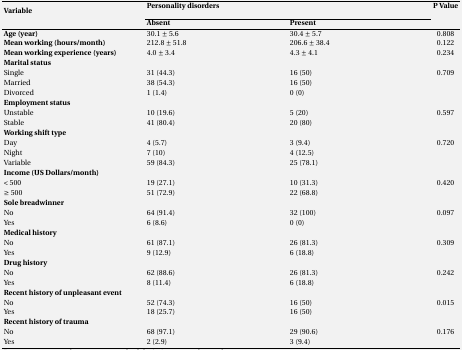
<table><thead><tr><td rowspan="2"><b>Variable </b></td><td colspan="2"><b>Personality disorders</b></td><td rowspan="2"><b>P</b></td></tr><tr><td><b>Absent</b></td><td><b>Present</b></td></tr></thead><tbody><tr><td><b>Age (year)</b></td><td>30.1 ± 5.6</td><td>30.4 ± 5.7</td><td>0.808</td></tr><tr><td><b>Mean working (hours/month)</b></td><td>212.8 ± 51.8</td><td>206.6 ± 38.4</td><td>0.122</td></tr><tr><td><b>Mean working experience (years)</b></td><td>4.0 ± 3.4</td><td>4.3 ± 4.1</td><td>0.234</td></tr><tr><td><b>Marital status</b></td><td>[EMPTY_CELL]</td><td>[EMPTY_CELL]</td><td>[EMPTY_CELL]</td></tr><tr><td>Single </td><td>31 (44.3)</td><td>16 (50)</td><td>0.709</td></tr><tr><td>Married </td><td>38 (54.3)</td><td>16 (50)</td><td>[EMPTY_CELL]</td></tr><tr><td>Divorced </td><td>1 (1.4)</td><td>0 (0)</td><td>[EMPTY_CELL]</td></tr><tr><td><b>Employment status</b></td><td>[EMPTY_CELL]</td><td>[EMPTY_CELL]</td><td>[EMPTY_CELL]</td></tr><tr><td>Unstable</td><td>10 (19.6)</td><td>5 (20)</td><td>0.597</td></tr><tr><td>Stable </td><td>41 (80.4)</td><td>20 (80)</td><td>[EMPTY_CELL]</td></tr><tr><td><b>Working shift type</b></td><td>[EMPTY_CELL]</td><td>[EMPTY_CELL]</td><td>[EMPTY_CELL]</td></tr><tr><td>Day </td><td>4 (5.7)</td><td>3 (9.4)</td><td>0.720</td></tr><tr><td>Night </td><td>7 (10)</td><td>4 (12.5)</td><td>[EMPTY_CELL]</td></tr><tr><td>Variable </td><td>59 (84.3)</td><td>25 (78.1)</td><td>[EMPTY_CELL]</td></tr><tr><td><b>Income (US Dollars/month)</b></td><td>[EMPTY_CELL]</td><td>[EMPTY_CELL]</td><td>[EMPTY_CELL]</td></tr><tr><td>&lt; 500 </td><td>19 (27.1)</td><td>10 (31.3)</td><td>0.420</td></tr><tr><td>≥ 500</td><td>51 (72.9)</td><td>22 (68.8)</td><td>[EMPTY_CELL]</td></tr><tr><td>Sole breadwinner </td><td>[EMPTY_CELL]</td><td>[EMPTY_CELL]</td><td>[EMPTY_CELL]</td></tr><tr><td>No </td><td>64 (91.4)</td><td>32 (100)</td><td>0.097</td></tr><tr><td>Yes </td><td>6 (8.6)</td><td>0 (0)</td><td>[EMPTY_CELL]</td></tr><tr><td><b>Medical history</b></td><td>[EMPTY_CELL]</td><td>[EMPTY_CELL]</td><td>[EMPTY_CELL]</td></tr><tr><td>No </td><td>61 (87.1)</td><td>26 (81.3)</td><td>0.309</td></tr><tr><td>Yes </td><td>9 (12.9)</td><td>6 (18.8)</td><td>[EMPTY_CELL]</td></tr><tr><td><b>Drug history</b></td><td>[EMPTY_CELL]</td><td>[EMPTY_CELL]</td><td>[EMPTY_CELL]</td></tr><tr><td>No </td><td>62 (88.6)</td><td>26 (81.3)</td><td>0.242</td></tr><tr><td>Yes </td><td>8 (11.4)</td><td>6 (18.8)</td><td>[EMPTY_CELL]</td></tr><tr><td><b>Recent history of unpleasant event</b></td><td>[EMPTY_CELL]</td><td>[EMPTY_CELL]</td><td>[EMPTY_CELL]</td></tr><tr><td>No </td><td>52 (74.3)</td><td>16 (50)</td><td>0.015</td></tr><tr><td>Yes </td><td>18 (25.7)</td><td>16 (50)</td><td>[EMPTY_CELL]</td></tr><tr><td><b>Recent history of trauma</b></td><td>[EMPTY_CELL]</td><td>[EMPTY_CELL]</td><td>[EMPTY_CELL]</td></tr><tr><td>No </td><td>68 (97.1)</td><td>29 (90.6)</td><td>0.176</td></tr><tr><td>Yes </td><td>2 (2.9)</td><td>3 (9.4)</td><td>[EMPTY_CELL]</td></tr></tbody></table>